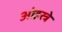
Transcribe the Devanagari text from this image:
ओइस्त्रे